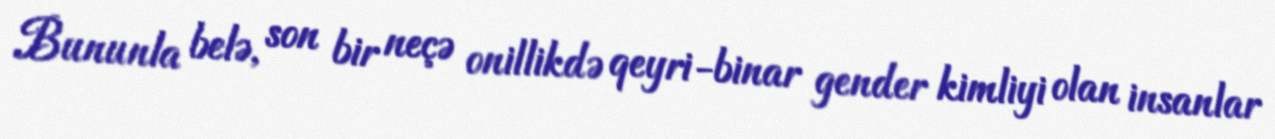
Bununla belə, son bir neçə onillikdə qeyri-binar gender kimliyi olan insanlar